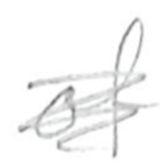
Text: of
Cross-out: scratch
Writing tool: pencil